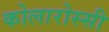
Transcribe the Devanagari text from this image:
कोलारोस्सी